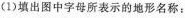
(1)填出图中字母所表示的地形名称：